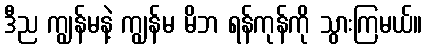
ဒီည ကျွန်မနဲ့ ကျွန်မ မိဘ ရန်ကုန်ကို သွားကြမယ်။